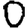
Digit: 0